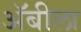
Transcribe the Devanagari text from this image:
अॅबीला